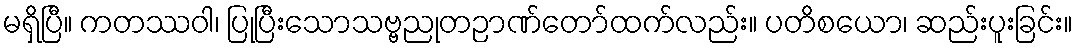
မရှိပြီ။ ကတဿဝါ၊ ပြုပြီးသောသဗ္ဗညုတဉာဏ်တော်ထက်လည်း။ ပတိစယော၊ ဆည်းပူးခြင်း။